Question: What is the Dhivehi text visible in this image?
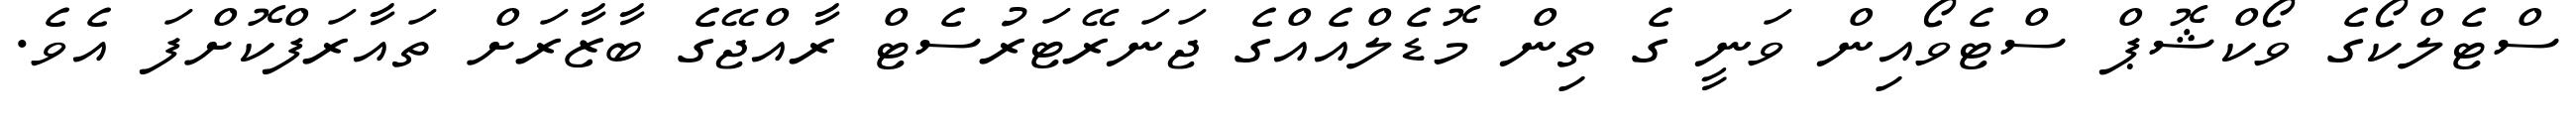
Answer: ސްޓެލްކޯގެ ވޯކްޝޮޕް ސްޓެވޯއިން ވަނީ ގެ ތިން މޮޑެލްއެއްގެ ޖަނަރޭޓަރުސެޓް ރާއްޖޭގެ ބާޒާރަށް ތައާރަފްކޮށްފަ އެވެ.